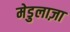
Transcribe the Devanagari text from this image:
मेडुलाज़ा